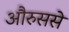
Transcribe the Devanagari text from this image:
औरुससे